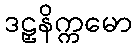
ဒဠှနိက္ကမော